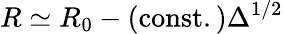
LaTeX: R\simeq R_{0}-\mathrm{(const.)}\Delta^{1/2}